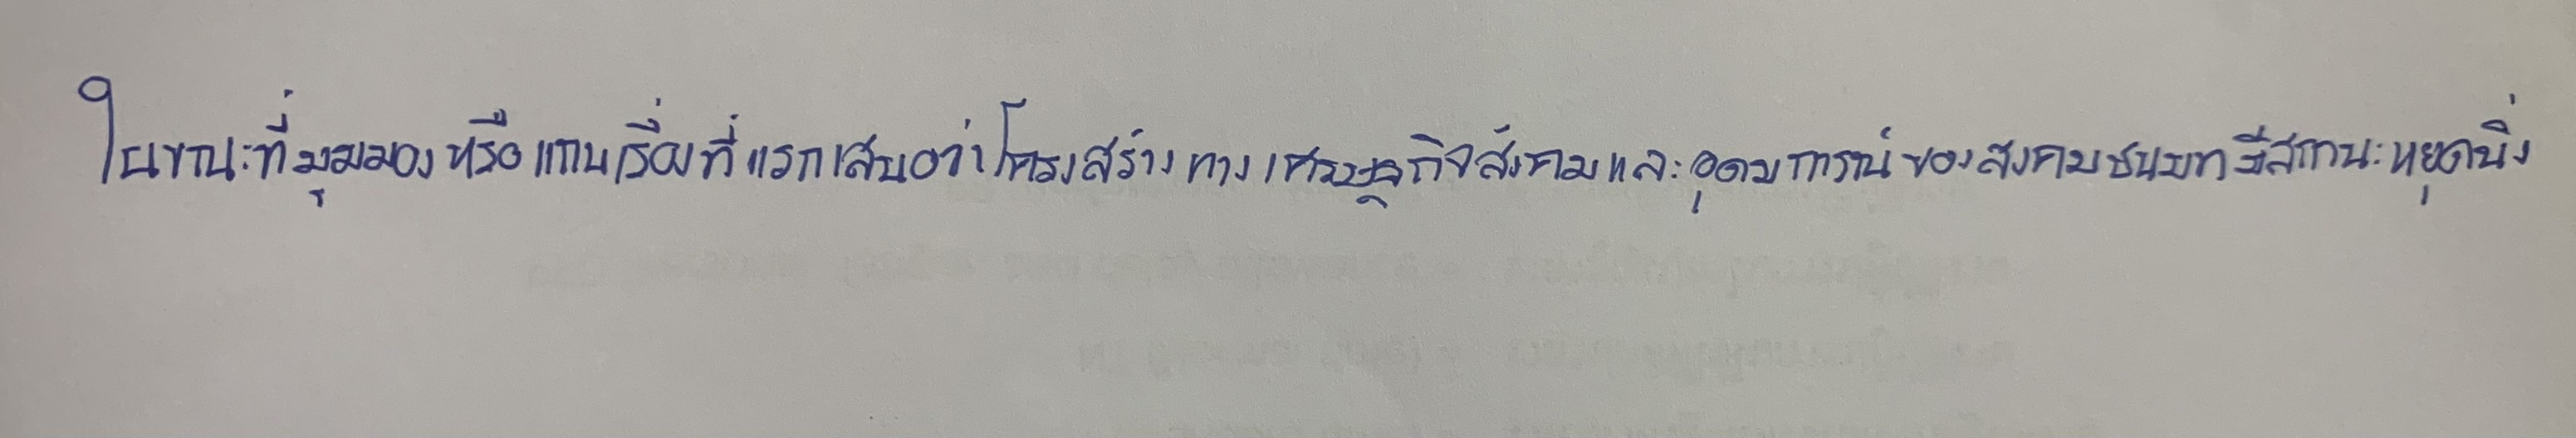
ในขณะที่มุมมองหรือแกนเรื่องที่แรกเสนอว่าโครงสร้างทางเศรษฐกิจสังคมและอุดมกาณ์ของสงคมชนบทมีสถานะหยุดนิ่ง